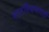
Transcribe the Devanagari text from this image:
बालशिक्षणातही